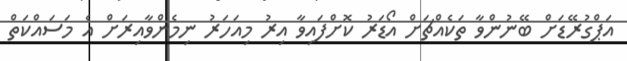
އަޕްގުރޭޑަށް ބޭނުންވާ ތަކެއްޗަށް އޯޑަރު ކޮށްފައިވާ އިރު މިއަހަރު ނިމެންވާއިރަށް އެ މަސައްކަތް